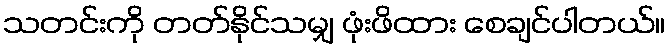
သတင်းကို တတ်နိုင်သမျှ ဖုံးဖိထား စေချင်ပါတယ်။